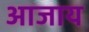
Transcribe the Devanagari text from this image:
आजाय